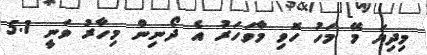
މިދިޔަ މޭ މަހު ހޮވި މާވަހަރު އެ ދޯނިން މިހާރު ވަނީ 5.1